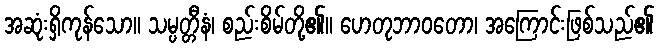
အဆုံးရှိကုန်သော။ သမ္ပတ္တီနံ၊ စည်းစိမ်တို့၏။ ဟေတုဘာဝတော၊ အကြောင်းဖြစ်သည်၏